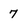
Character: 7